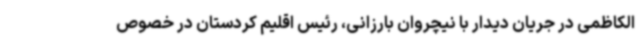
الکاظمی در جریان دیدار با نیچروان بارزانی، رئیس اقلیم کردستان در خصوص